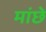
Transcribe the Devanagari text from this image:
मांछे